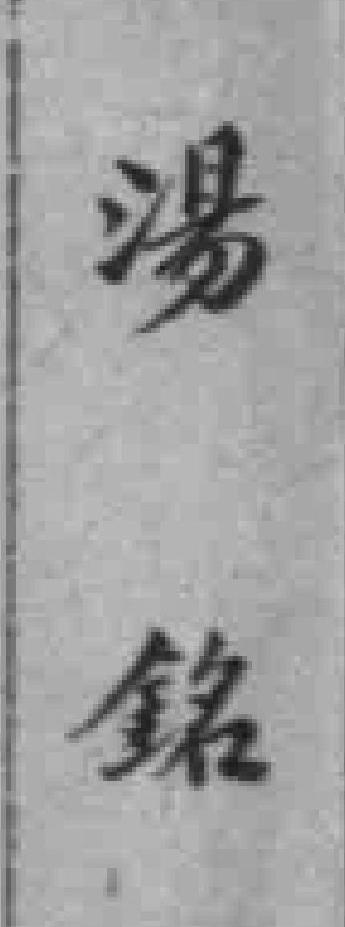
湯銘